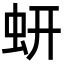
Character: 蚈